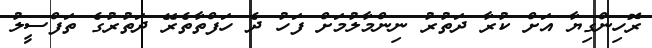
ރޮހިންގިޔާ އަށް ކުރާ ދަތުރު ނިންމާލުމަށް ފަހު ދެ ހަފްތާތެރޭ ދަތުރުގެ ތަފްސީލު